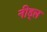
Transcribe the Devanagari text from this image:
नीड्ल